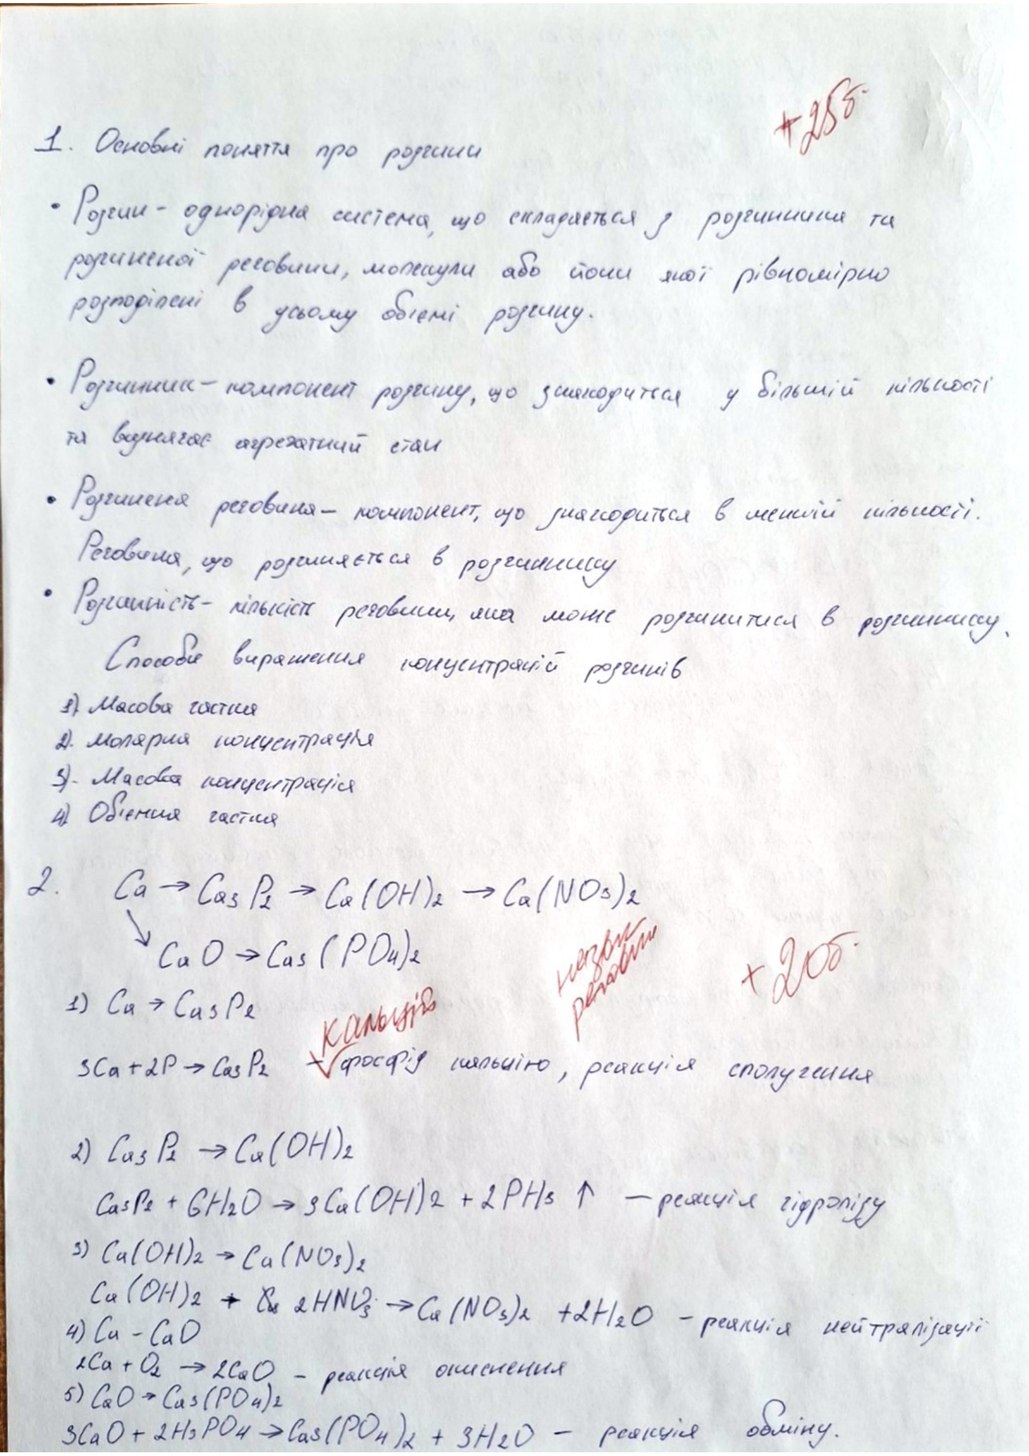
+25б
1. Основні поняття про розчини
• Розчин - однорідна система, що складається з розчинника та
розчиненої речовини, молекули або йони якої рівномірно
розподілені в усьому об'ємі розчину.
• Розчинник - компонент розчину, що знаходиться у більшій кількості
та визначає агрегатний стан
• Розчинена речовина - компонент, що знаходиться в меншій кількості.
Речовина, що розчиняється в розчиннику
• Розчинність - кількість речовини, яка може розчинитися в розчиннику.
Способи вираження концентрацій розчинів
1) Масова частка
2). Молярная концентрация
3). Масова концентрація
4). Обʼємна частка
2. Ca → Ca₃P₂ → Ca(OH)₂ → Ca(NO₃)₂
↘Ca O → Ca₃( P O₄)₂
назви речовин
+ 20б.
кальцій
1) Ca → Ca₃P₂
-фосфід кальцію, реакція сполучення
3Ca + 2P → Ca₃ P₂
2) Ca₃P₂ → Ca(OH)₂
Ca₃P₂ + GH₂O → 3Ca(OH)₂ + 2PH₃ ↑ — реабція гідролізу
3) Ca(OH)₂ → Ca(NO₃)₂
Ca(OH)₂ → ~~Ca~~ 2HNO₃ → Ca(NO₃)₂ + 2H₂O - реакція нейтралізації
4) Ca-CaO
2Ca + O₂ → 2CaO - реакция окисления
5) CaO → Ca₃(PO₄)₂
3CaO + 2H₃PO₄ → Ca₃(PO₄)₂ + 3H₂O - реакція обміну